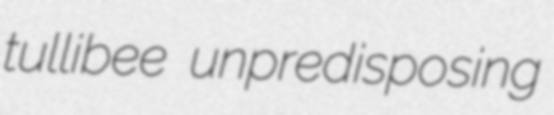
tullibee unpredisposing